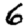
Digit: 6